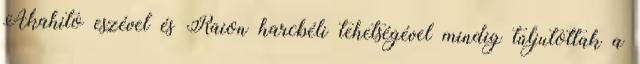
Akahito eszével és Raion harcbéli tehetségével mindig túljutottak a